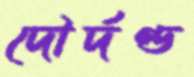
দৌর্দণ্ড